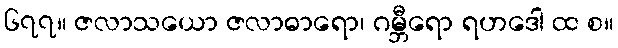
၆၇၇။ ဇလာသယော ဇလာဓာရော၊ ဂမ္ဘီရော ရဟဒေါ ထ စ။